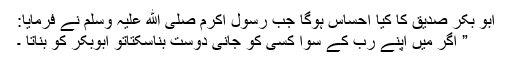
ابو بکر صدّيقؓ کا کیا احساس ہوگا جب رسولِ اکرم صلی الله علیہ وسلم نے فرمایا:
” اگر میں اپنے رب کے سوا کسی کو جانی دوست بناسکتاتو ابوبکر کو بناتا ۔